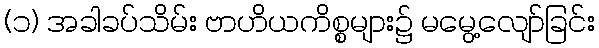
(၁) အခါခပ်သိမ်း ဗာဟိယကိစ္စများ၌ မမွေ့လျော်ခြင်း